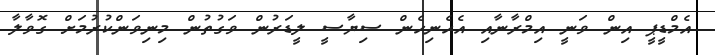
އެމްޑީޕީ އިން ވަނީ އިމްރާނާއި އެހެނިހެން ސިޔާސީ ލީޑަރުން ވަގުތުން މިނިވަންކުރުމަށް ގޮވާލާ